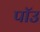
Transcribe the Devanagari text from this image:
पॉउ